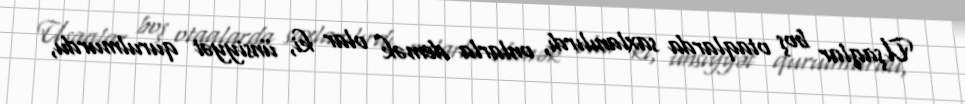
Uşaqlar boş otaqlarda saxlanılırdı, onlarla demək olar ki, ünsiyyət qurulmurdu,